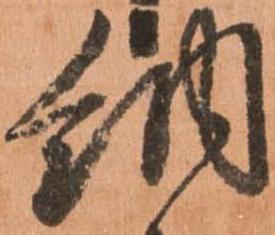
納